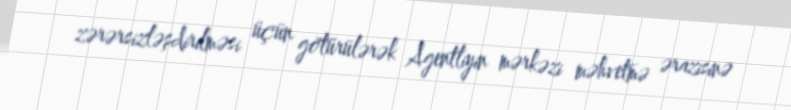
zərərsizləşdirilməsi üçün götürülərək Agentliyin mərkəzi məhvetmə ərazisinə